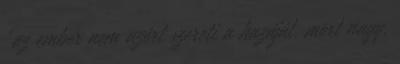
"az ember nem azért szereti a hazáját, mert nagy,